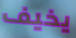
يخيف